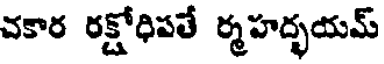
చకార రక్షోధిపతే ర్మహద్భయమ్